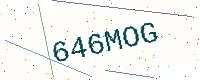
Text: 646MOG